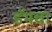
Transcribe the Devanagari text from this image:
डॅमचा